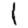
Digit: 1